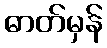
ဓာတ်မှန်